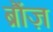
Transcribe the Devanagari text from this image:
ब्रौंज़